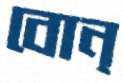
বোন্‌